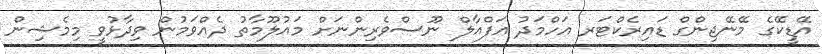
އޭޑީކޭގެ މޭނޭޖިންގް ޑައިރެކްޓަރ އަހްމަދު އަފްއާލް ނޫސްވެރިންނަށް މައުލޫމާތު ދެއްވަމުން ވިދާޅުވީ މިމެޝިން